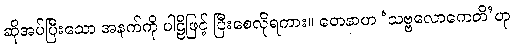
ဆိုအပ်ပြီးသော အနက်ကို ပါဠိဖြင့် ပြီးစေလိုရကား။ တေနာဟ ‘သဗ္ဗလောကေတိ’ဟု